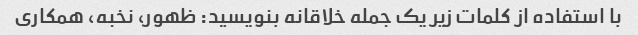
با استفاده از کلمات زیر یک جمله خلاقانه بنویسید: ظهور، نخبه، همکاری